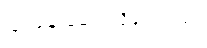
ခြင်ဖျန်းဆေး လိုချင်တယ်။